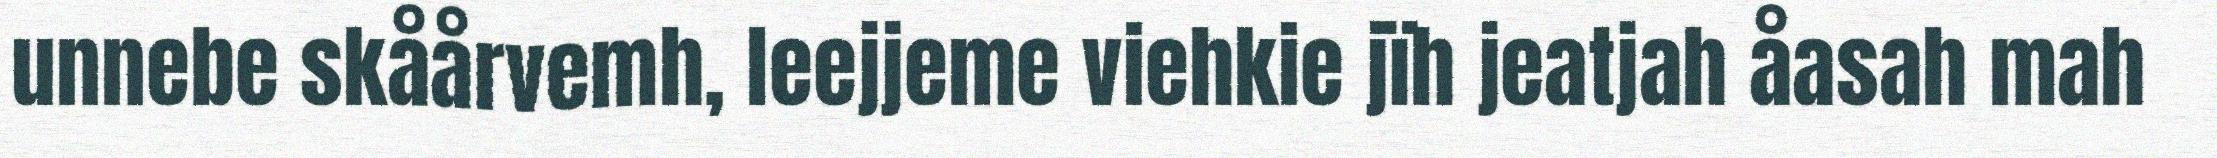
unnebe skåårvemh, leejjeme viehkie jïh jeatjah åasah mah